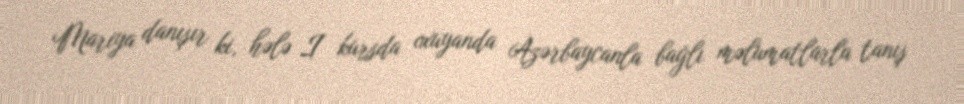
Mariya danışır ki, hələ I kursda oxuyanda Azərbaycanla bağlı məlumatlarla tanış